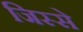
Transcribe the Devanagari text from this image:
जिस्‍से